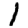
Digit: 1